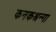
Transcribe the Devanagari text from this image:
कनकश्रन्गा